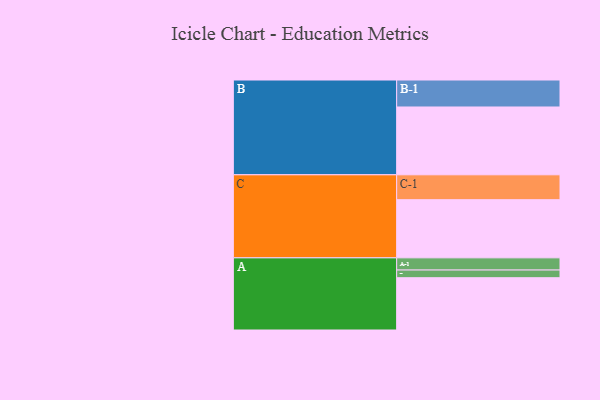
{"axis": {"x": "Segment", "y": "Value"}, "legend": ["", "A", "B", "C"], "data": [{"x": "A", "y": 374, "type": ""}, {"x": "B", "y": 485, "type": ""}, {"x": "C", "y": 416, "type": ""}, {"x": "A-1", "y": 87, "type": "A"}, {"x": "A-2", "y": 55, "type": "A"}, {"x": "B-1", "y": 193, "type": "B"}, {"x": "C-1", "y": 178, "type": "C"}]}